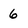
Character: 6